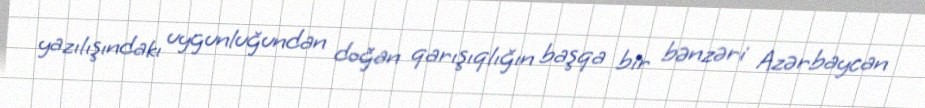
yazılışındakı uygunluğundan doğan qarışıqlığın başqa bir bənzəri Azərbaycan